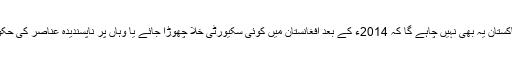
لیکن، پاکستان یہ بھی نہیں چاہے گا کہ 2014ء کے بعد افغانستان میں کوئی سکیورٹی خلا چھوڑا جائے یا وہاں پر ناپسندیدہ عناصر کی حکومت ہو۔